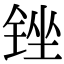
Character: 锉